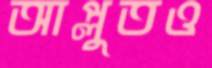
আপ্লুতও